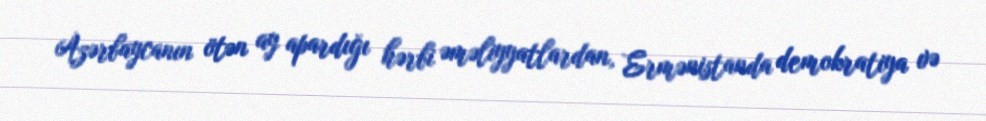
Azərbaycanın ötən ay apardığı hərbi əməliyyatlardan, Ermənistanda demokratiya və